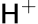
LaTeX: \mathsf{H}^{+}